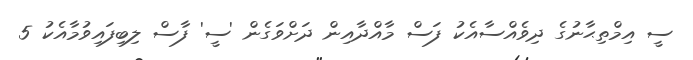
ސީ އިމްތިޙާނުގެ ދިވެއްސާއެކު ފަސް މާއްދާއިން ދަށްވަގެން 'ސީ' ފާސް ލިބިފައިވުމާއެކު 5